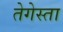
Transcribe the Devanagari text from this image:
तेगेस्ता